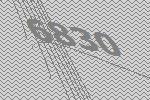
6830